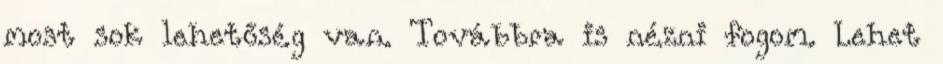
most sok lehetőség van. Továbbra is nézni fogom. Lehet